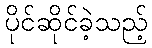
ပိုင်ဆိုင်ခဲ့သည့်